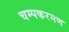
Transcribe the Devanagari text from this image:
चम्पकरमण